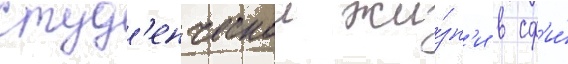
студ'енческои жи́зн'и в сф'и́